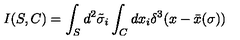
I ( S , C ) = \int _ { S } d ^ { 2 } \tilde { \sigma } _ { i } \int _ { C } d x _ { i } \delta ^ { 3 } ( x - \bar { x } ( \sigma ) )